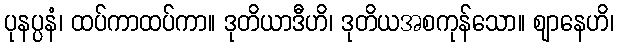
ပုနပ္ပနံ၊ ထပ်ကာထပ်ကာ။ ဒုတိယာဒီဟိ၊ ဒုတိယအစကုန်သော။ ဈာနေဟိ၊